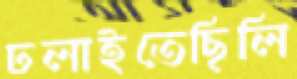
ঢলাইতেছিলি